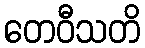
တေဝီသတိ